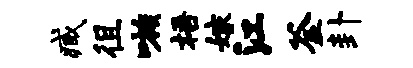
臧徂嗾梧嫁江釜卦